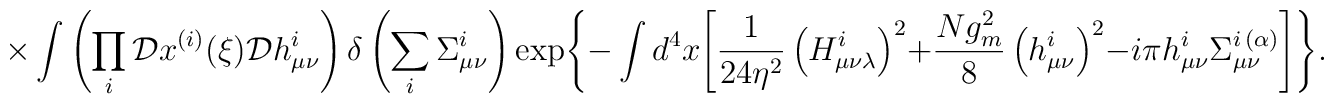
\times\int\left(\prod\limits_{i}^{}{\cal D}x^{(i)}(\xi){\cal D}h_{\mu\nu}^i\right)\delta\left(\sum\limits_{i}^{}\Sigma_{\mu\nu}^i\right)\exp\Biggl\{-\int d^4x\Biggl[\frac{1}{24\eta^2}\left(H_{\mu\nu\lambda}^i\right)^2+\frac{Ng_m^2}{8}\left(h_{\mu\nu}^i\right)^2-i\pi h_{\mu\nu}^i\Sigma_{\mu\nu}^{i{\,}(\alpha)}\Biggr]\Biggr\}.